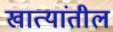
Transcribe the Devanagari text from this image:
खात्यांतील